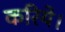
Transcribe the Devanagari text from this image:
करिये।